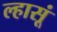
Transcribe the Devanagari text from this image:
ल्हासूं